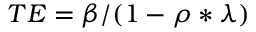
\begin{array} { r } { T E = \beta / ( 1 - \rho * \lambda ) } \end{array}